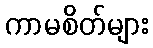
ကာမစိတ်များ